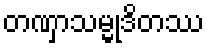
တဏှာသမ္မုဒိတဿ